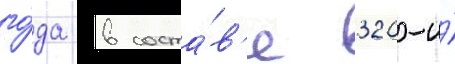
го́да в соста́в'е 320-и́